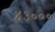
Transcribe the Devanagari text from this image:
४३०००